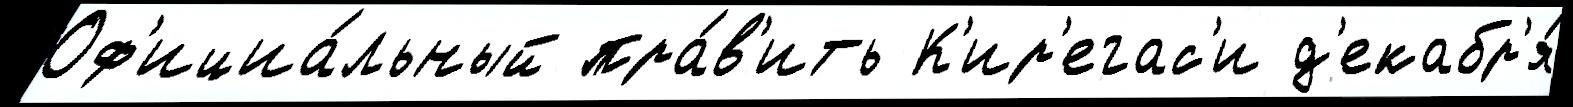
Оф'ициа́льный пра́в'ить К'ир'егас'и д'екабр'я́